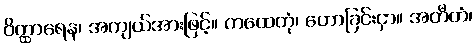
ဝိတ္ထာရေန၊ အကျယ်အားဖြင့်။ ကထေတုံ၊ ဟောခြင်းငှာ။ အတီတံ၊